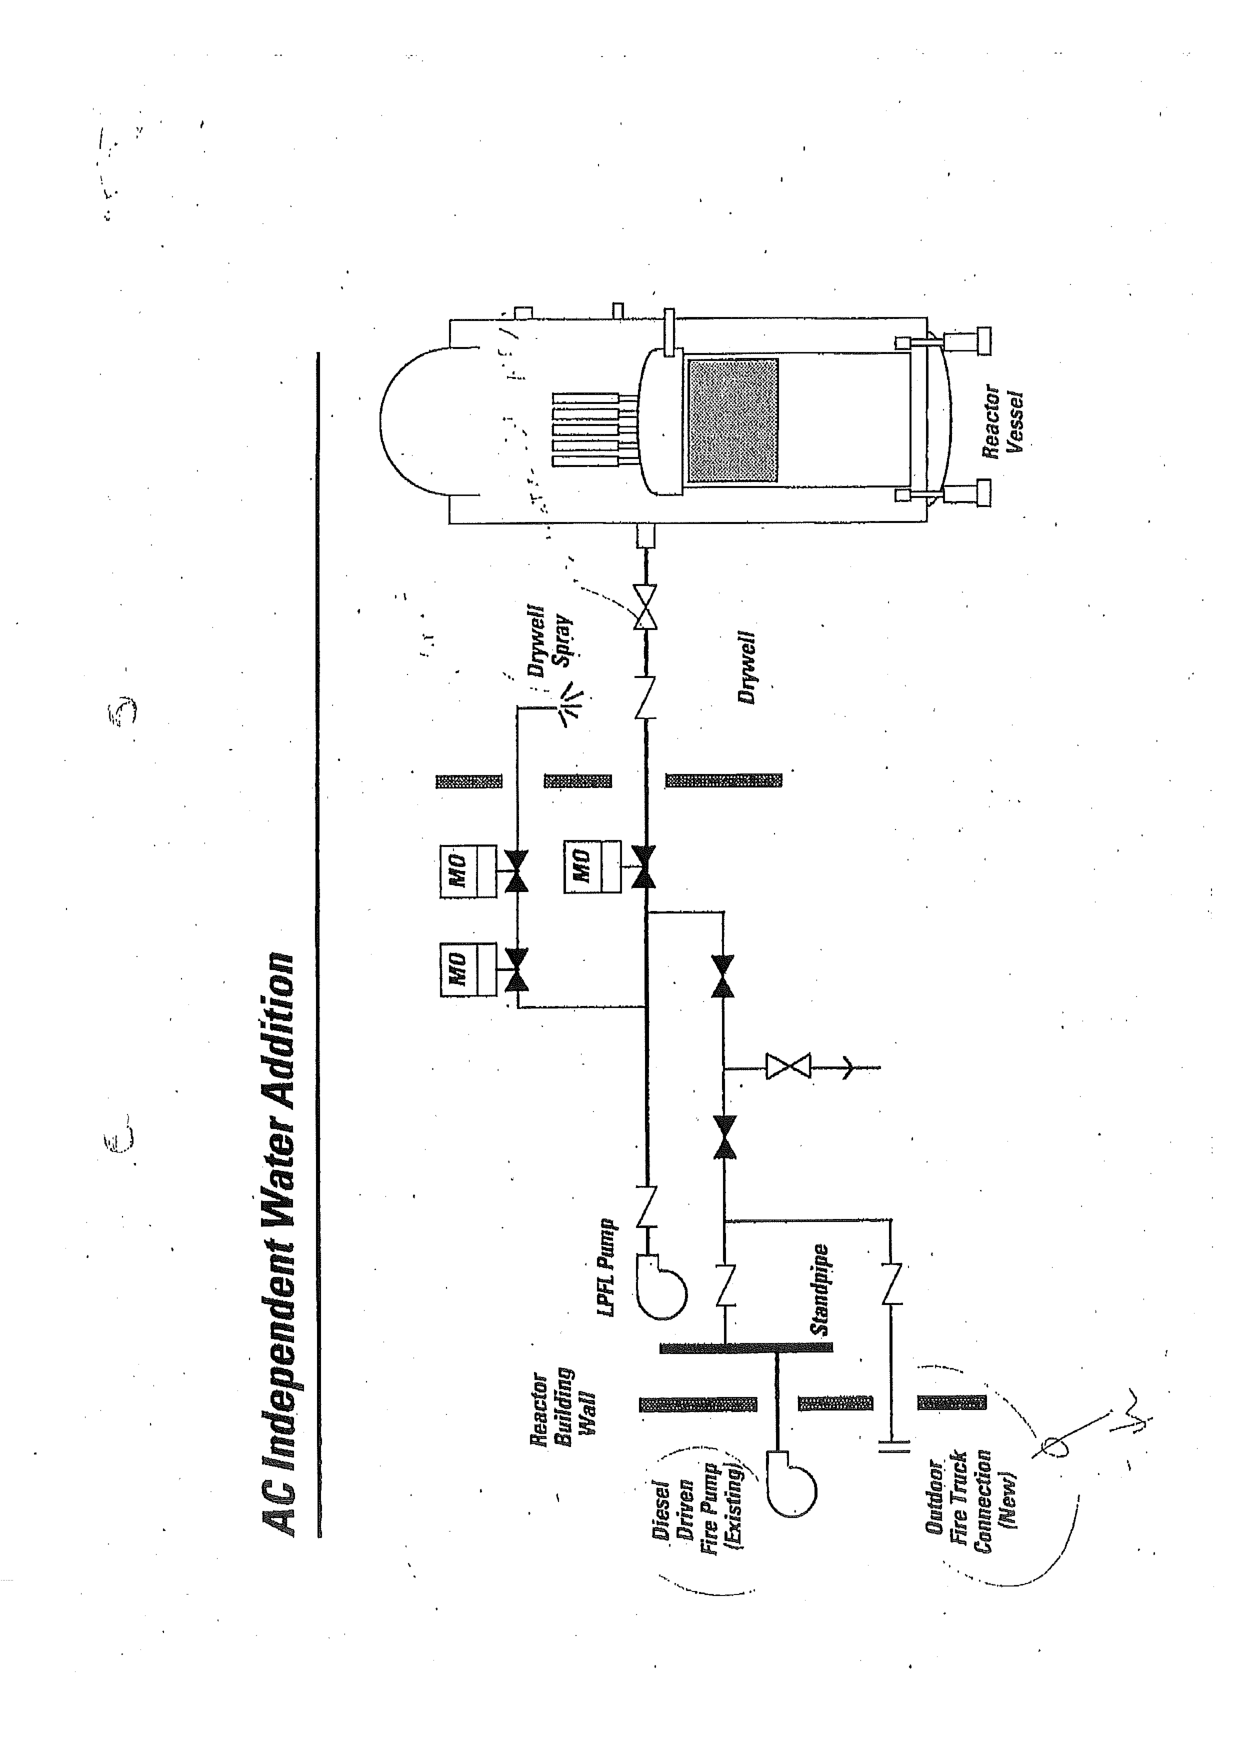
AC Independent Water Addition

Reactor Vessel

Drywell

Drywell Spray

MO

MO

MO

LPFL Pump

Reactor Building Wall

Diesel Driven Fire Pump (Existing)

Standpipe

Outdoor Fire Truck Connection (New)